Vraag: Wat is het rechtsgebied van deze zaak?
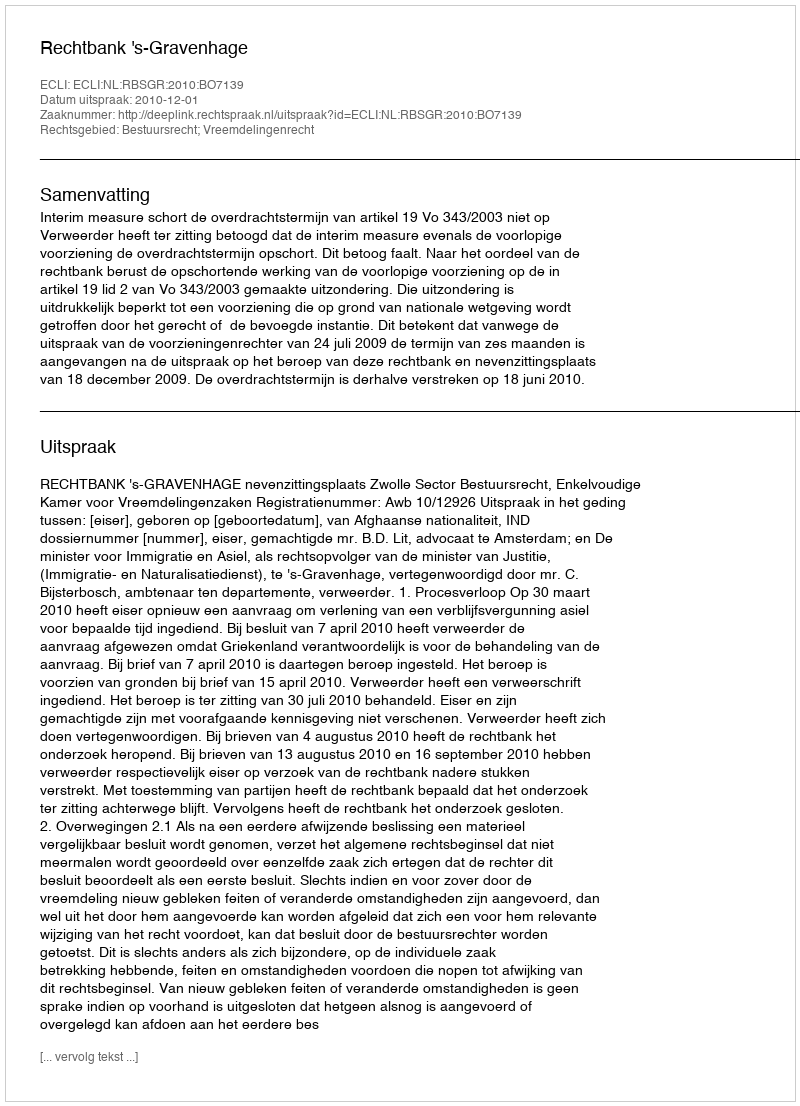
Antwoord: Bestuursrecht; Vreemdelingenrecht